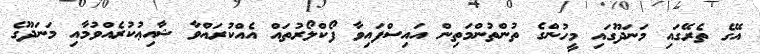
އޭގެ ތެރޭގައި މަނަދޫގައި މީހުންގެ ތުންތުންމަތިން އައިސްފައިވާ ފޯކްލޯރުތައް އެއްކުރައްވާ ޝާއިޢުކުރެއްވުމާއި މަނަދޫގެ